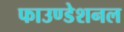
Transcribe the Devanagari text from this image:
फाउण्डेशनल